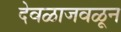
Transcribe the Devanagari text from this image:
देवळाजवळून